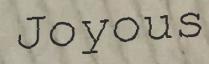
Joyous